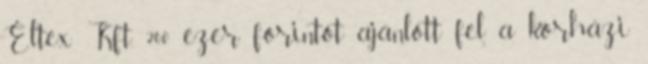
Éltex Kft. 200 ezer forintot ajánlott fel a kórházi